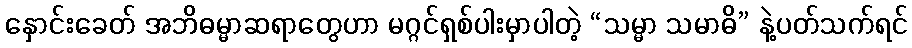
နှောင်းခေတ် အဘိဓမ္မာဆရာတွေဟာ မဂ္ဂင်ရှစ်ပါးမှာပါတဲ့ “သမ္မာ သမာဓိ” နဲ့ပတ်သက်ရင်